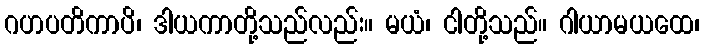
ဂဟပတိကာပိ၊ ဒါယကာတို့သည်လည်း။ မယံ၊ ငါတို့သည်။ ဂါယာမယထေ၊